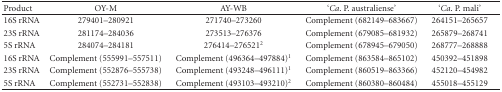
| Product | OY-M | AY-WB | ‘Ca. P. australiense' | ‘Ca. P. mali' |
 | --- | --- | --- | --- | --- |
 | 16S rRNA | 279401–280921 | 271740–273260 | Complement (682149–683667) | 264151–265657 |
 | 23S rRNA | 281174–284036 | 273513–276376 | Complement (679085–681932) | 265879–268741 |
 | 5S rRNA | 284074–284181 | 276414–2765212 | Complement (678945–679050) | 268777–268888 |
 | 16S rRNA | Complement (555991–557511) | Complement (496364–497884)1 | Complement (863584–865102) | 450392–451898 |
 | 23S rRNA | Complement (552876–555738) | Complement (493248–496111)1 | Complement (860519–863366) | 452120–454982 |
 | 5S rRNA | Complement (552731–552838) | Complement (493103–493210)2 | Complement (860380–860484) | 455018–455129 |